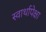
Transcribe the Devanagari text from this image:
स्वार्थापेक्षा